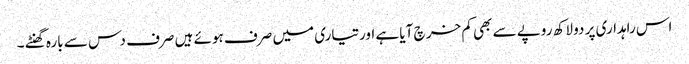
اس راہداری پر دو لاکھ روپے سے بھی کم خر چ آیا ہے اورتیاری میں صرف ہوئے ہیں صرف دس سے بارہ گھنٹے ۔